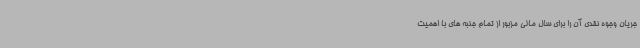
جریان وجوه نقدی آن را برای سال مالی مزبور از تمام جنبه های با اهمیت